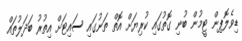
ޑިވެލޮޕިން ޓީމުން ބުނި ގޮތުގައި ކުރިޔަށް އޮތް ތަނުގައި ސައިޓަށް އިތުރު ބަދަލުތައް